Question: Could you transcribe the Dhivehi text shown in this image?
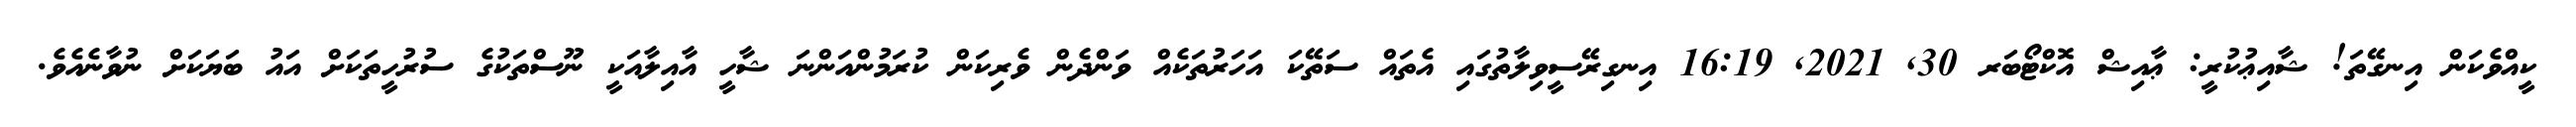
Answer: ކީއްވެކަން އިނގޭތަ! ޝާއިޢުކުރީ: ޢާއިޝް އޮކްޓޯބަރ 30, 2021, 16:19 އިނގިރޭސީވިލާތުގައި އެތައް ސަތޭކަ އަހަރުތަކެއް ވަންދެން ވެރިކަން ކުރަމުންއަންނަ ޝާހީ އާއިލާއަކީ ނޫސްތަކުގެ ސުރުހީތަކަށް އައު ބަޔަކަށް ނުވާނެއެވެ.